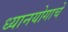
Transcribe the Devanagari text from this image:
ध्यानयोगाचे